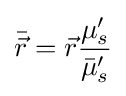
{\bar {\vec {r}}}={\vec {r}}{\frac {\mu _{s}'}{{\bar {\mu }}_{s}'}}